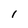
Character: l